Report of the King Institute of Preventive Medicine, Guindy
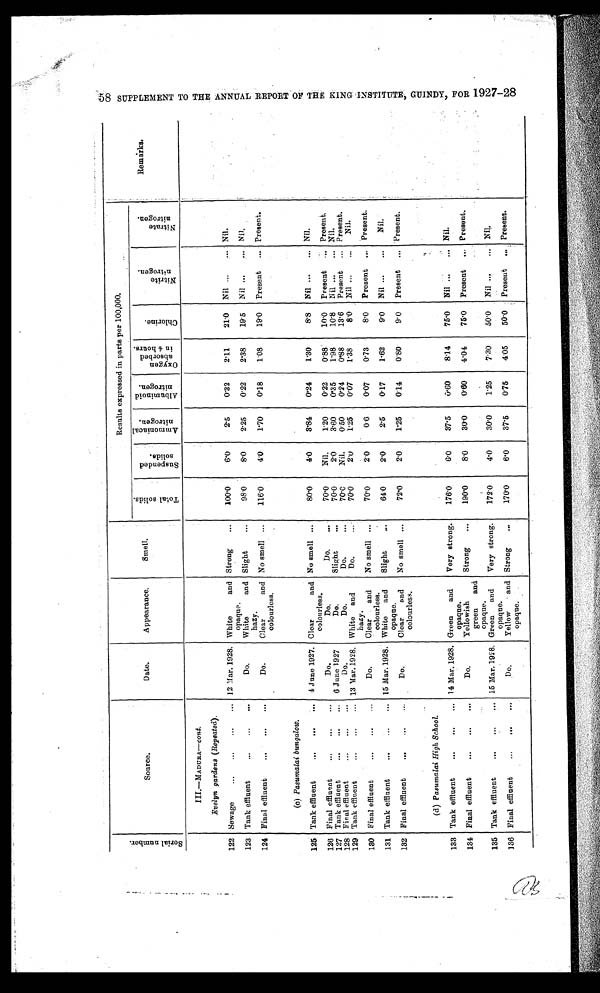
S U P P L E M E N T
TO
T H E
A N N U A L R E P O R T
O F T H E K I N G I N S T I T U T E ,
G U I N D Y , F O R 1 9 2 7 - 2 8
S e r i a l
n u m b e r
Source.
Date.
Appearance.
Smell.
Results expressed in parts per 100,000.
Remarks.
T o t a l
s o l i d s S u s p e n d e d
s o l i d s .
A m m o n i a c a l
n i t r o g e n .
A l b i u m i n o i d
n i t r o g e n
O x y g e e n a b s o r b e d i n 4 h o u r s
C h l o r i n e
N i t r i t e
n u t r o g e n .
N i t r a t e
n i t r o g e n .
III.—MADURA— cont.
Evelyn gardens (Repeated).
122 Sewage
...
...
...
... 12 Mar. 1928. White
and
opaque.
Strong
...
100.0
6.0
2.5
0.32
2.11
21.0
Nil ...
. Nil.
123 Tank effluent
...
...
...
Do.
White
and
hazy.
Slight
...
98.0
8.0
2.25
0.22
2.38
19.5
Nil ...
.... Nil.
124 Final effluent
...
...
...
Do.
.
Clear
and
colourless.
No smell ...
116.0
4.0
1.70
0.18
1.08
19.0
Present
... Present.
(c) Pasumalai bungalow.
125 Tank effluent
4 June 1927. Clear and
colourless.
No smell ...
80.0
4.0
3.84
0.24
1.30
8.8
Nil ...
... Nil.
126 Final effluent
...
Do.
Do.
Do.
70.0
Nil.
1.20
0.22
0.88
10.0
Present
... Present.
127 Tank effluent
...
...
...
6 June 1927
Do.
Slight
...
70.0
2.0
3.60
0.35
1.98
10.8
Nil ...
... Nil.
128 Final effluent
...
...
...
Do.
Do.
Do.
...
70.0
Nil.
0.50
0.24
0.88
13.6
Present
... Present.
129 Tank effluent
...
...
... 13 Mar. 1928. White and
hazy.
Do.
...
70.0
2.0
1.25
0.07
1.38
8.0
Nil ...
...
Nil.
130 Final effluent
...
...
...
Do,
Clear and
colourless.
No smell ...
70.0
2.0
0.6
0.07
0.73 .
8.0
Present ... Present.
131 Tank effluent
...
...
... 15 Mar. 1928. White and
opaque.
Slight
...
64.0
2.0
2.5
0.17
1.62
9.0
Nil ...
...
Nil.
132 Final effluent
...
Do.
Clear and
colourless.
No smell ...
72.0
2.0
1.25
0.14
0.80
9.0
Present
... Present.
(d)P asumalai High School.
133 Tank effluent
...
...
... 14 Mar. 1928. Green and
opaque.
Very strong.
176.0
6.0
37.5
0. 60
8.14
75.0
Nil ...
... Nil.
134 Final effluent
...
...
,.,
Do.
Yellowish
green and
opaque.
Strong
...
190.0
8.0
30.0
0.60
4.04
75.0
Present
... Present.
135 Tank effluent
...
...
... 15 Mar. 1928, Green and
opaque.
Very strong.
172.0
4.0
30.0
1.25
7.30
50.0
Nil ...
... . Nil.
136 Final effluent
...
...
...
Do.
Yellow and
opaque.
Strong
...
170.0
6.0
37.5
0.75
4.05
50.0
Present... Present.